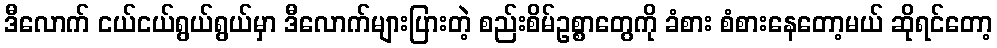
ဒီလောက် ငယ်ငယ်ရွယ်ရွယ်မှာ ဒီလောက်များပြားတဲ့ စည်းစိမ်ဥစ္စာတွေကို ခံစား စံစားနေတော့မယ် ဆိုရင်တော့